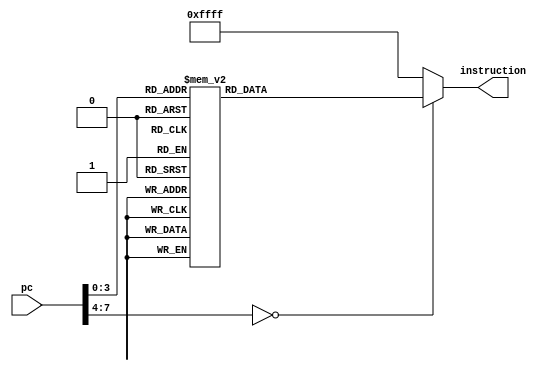
module progmem(
		input wire		[ 7 : 0]	pc,
		output reg		[15 : 0]	instruction
    );

	/* ROM subsystem emulation */
	always @(pc) begin
		case(pc)
			8'h00:	instruction = 16'h7f00;	/* start:	ldi 0 */
			8'h01:	instruction = 16'h0100;	/* 			sto 0x00 */
			8'h02:	instruction = 16'h0101;	/* 			sto 0x01 */
			8'h03:	instruction = 16'h7200;	/* loop:	inc */
			8'h04:	instruction = 16'h74ff;	/* 			cmp 0xff */
			8'h05:	instruction = 16'h0a0c;	/* 			jz loop_e */
			8'h06:	instruction = 16'h0101;	/* 			sto 0x01 */
			8'h07:	instruction = 16'h0000;	/* 			add 0x00 */
			8'h08:	instruction = 16'h0100;	/* 			sto 0x00 */
			8'h09:	instruction = 16'h01ff;	/*			sto 0xff */
			8'h0a:	instruction = 16'h0201;	/* 			lo 0x01	*/
			8'h0b:	instruction = 16'h0303;	/* 			jmp loop */
			8'h0c:	instruction = 16'h030c;	/* self:	jmp self */
			default:
				begin
					instruction = 16'hffff;	/* end: 	halt */
				end
		endcase
	end

endmodule